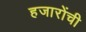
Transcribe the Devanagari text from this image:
हजारोंची